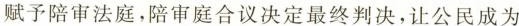
赋予陪审法庭，陪审庭合议决定最终判决，让公民成为